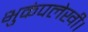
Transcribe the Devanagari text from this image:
भुकंपलेखी।